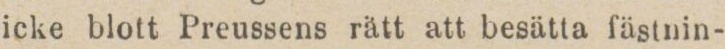
icke blott Preussens rätt att besätta fästnin-